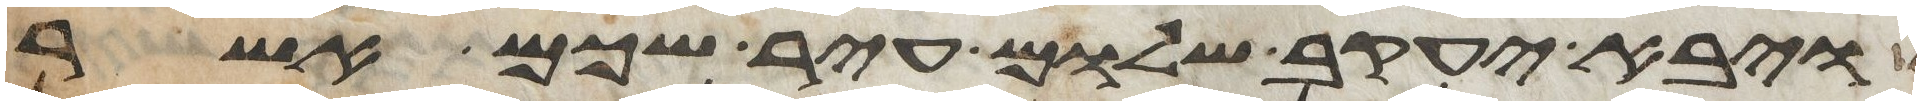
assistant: ויבא יעקב שלום עיר שכם אשר